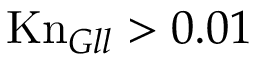
\mathrm { K n } _ { G l l } > 0 . 0 1